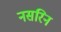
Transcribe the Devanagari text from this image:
नसरिन